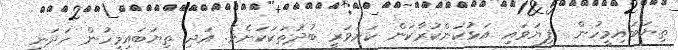
ތިޔަބައިމީހުން  ފިޔަވައި އަޅުކަންކުރާކަން ކަށަވަރީ ބުދުތަކަކަށެވެ. އަދި ތިޔަބައިމީހުން ހަދަނީ